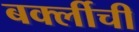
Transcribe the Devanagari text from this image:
बर्क्लीची